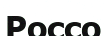
Россо